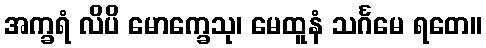
အက္ခရံ လိပိ မောက္ခေသု၊ မေထူနံ သင်္ဂမေ ရတေ။